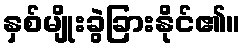
နှစ်မျိုးခွဲခြားနိုင်၏။